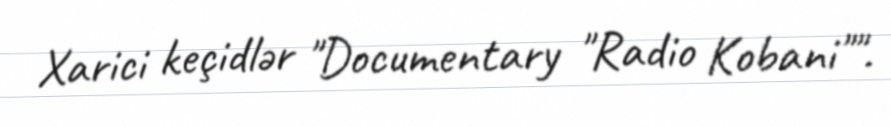
Xarici keçidlər "Documentary "Radio Kobani"".